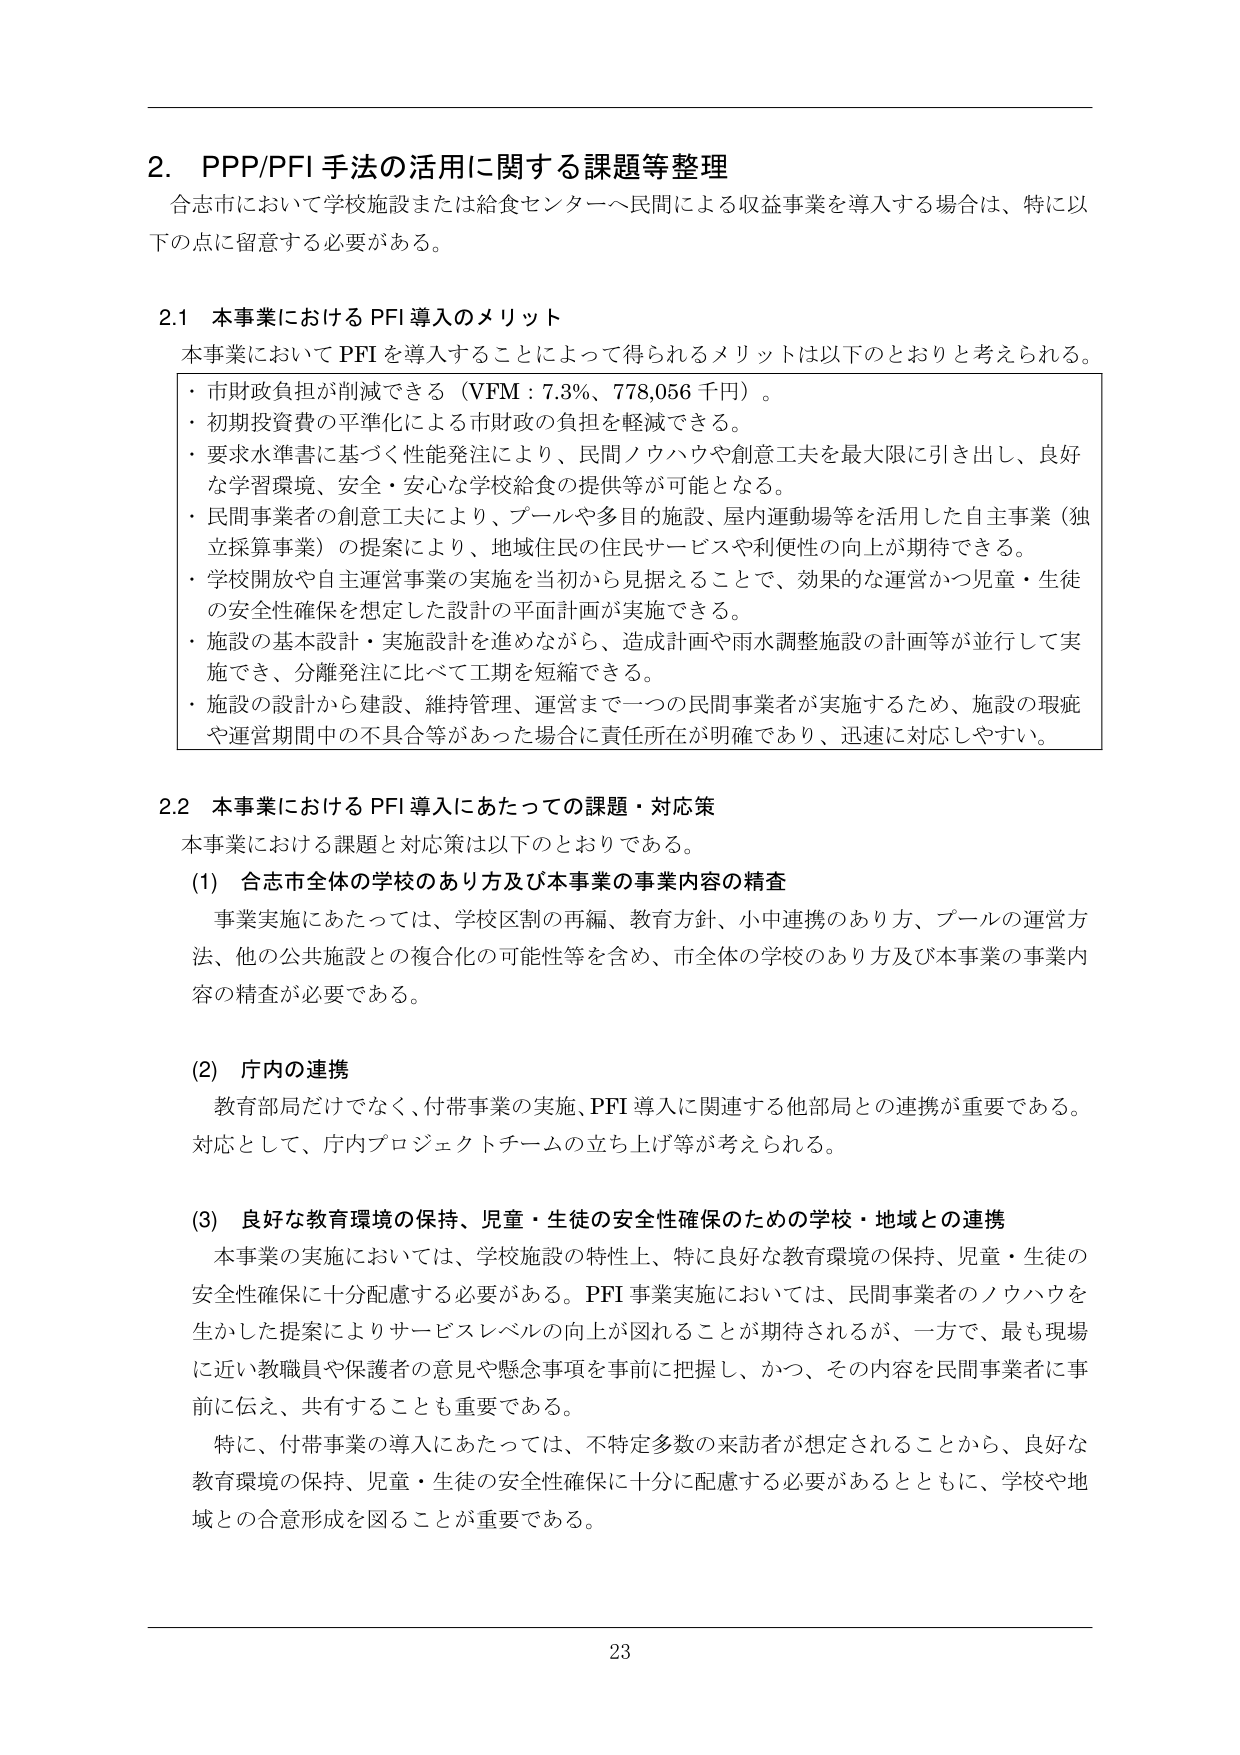
2. PPP/PFI手法の活用に関する課題等整理
合志市において学校施設または給食センターへ民間による収益事業を導入する場合は、特に以下の点に留意する必要がある。

2.1 本事業におけるPFI導入のメリット
本事業においてPFIを導入することによって得られるメリットは以下のとおりと考えられる。
・市財政負担が削減できる（VFM：7.3％、778,056千円）。
・初期投資費の平準化による市財政の負担を軽減できる。
・要求水準書に基づく性能発注により、民間ノウハウや創意工夫を最大限に引き出し、良好な学習環境、安全・安心な学校給食の提供等が可能となる。
・民間事業者の創意工夫により、プールや多目的施設、屋内運動場等を活用した自主事業（独立採算事業）の提案により、地域住民の住民サービスや利便性の向上が期待できる。
・学校開放や自主運営事業の実施を当初から見据えることで、効果的な運営かつ児童・生徒の安全性確保を想定した設計の平面計画が実施できる。
・施設の基本設計・実施設計を進めながら、造成計画や雨水調整施設の計画等が並行して実施でき、分離発注に比べて工期を短縮できる。
・施設の設計から建設、維持管理、運営まで一つの民間事業者が実施するため、施設の瑕疵や運営期間中の不具合等があった場合に責任所在が明確であり、迅速に対応しやすい。

2.2 本事業におけるPFI導入にあたっての課題・対応策
本事業における課題と対応策は以下のとおりである。

(1) 合志市全体の学校のあり方及び本事業の事業内容の精査
事業実施にあたっては、学校区制の再編、教育方針、小中連携のあり方、プールの運営方法、他の公共施設との複合化の可能性等を含め、市全体の学校のあり方及び本事業の事業内容の精査が必要である。

(2) 庁内の連携
教育部局だけでなく、付帯事業の実施、PFI導入に関連する他部局との連携が重要である。対応として、庁内プロジェクトチームの立ち上げ等が考えられる。

(3) 良好な教育環境の保持、児童・生徒の安全性確保のための学校・地域との連携
本事業の実施においては、学校施設の特性上、特に良好な教育環境の保持、児童・生徒の安全性確保に十分配慮する必要がある。PFI事業実施においては、民間事業者のノウハウを生かした提案によりサービスレベルの向上が図れることが期待されるが、一方で、最も現場に近い教職員や保護者の意見や懸念事項を事前に把握し、かつ、その内容を民間事業者に事前に伝え、共有することも重要である。
特に、付帯事業の導入にあたっては、不特定多数の来訪者が想定されることから、良好な教育環境の保持、児童・生徒の安全性確保に十分に配慮する必要があるとともに、学校や地域との合意形成を図ることが重要である。

23